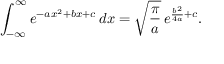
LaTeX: \int _ { - \infty } ^ { \infty } e ^ { - a x ^ { 2 } + b x + c } \, d x = { \sqrt { \frac { \pi } { a } } } \, e ^ { { \frac { b ^ { 2 } } { 4 a } } + c } .